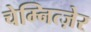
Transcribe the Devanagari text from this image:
चेम्नित्ज़ेर